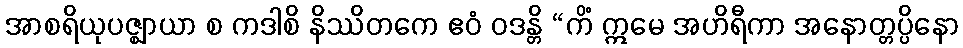
အာစရိယုပဇ္ဈာယာ စ ကဒါစိ နိဿိတကေ ဧဝံ ဝဒန္တိ “ကိံ ဣမေ အဟိရီကာ အနောတ္တပ္ပိနော